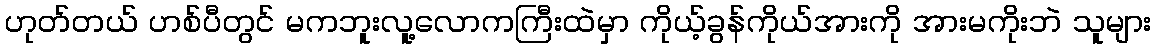
ဟုတ်တယ် ဟစ်ပီတွင် မကဘူးလူ့လောကကြီးထဲမှာ ကိုယ့်ခွန်ကိုယ်အားကို အားမကိုးဘဲ သူများ